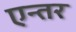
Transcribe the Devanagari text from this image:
एन्तर